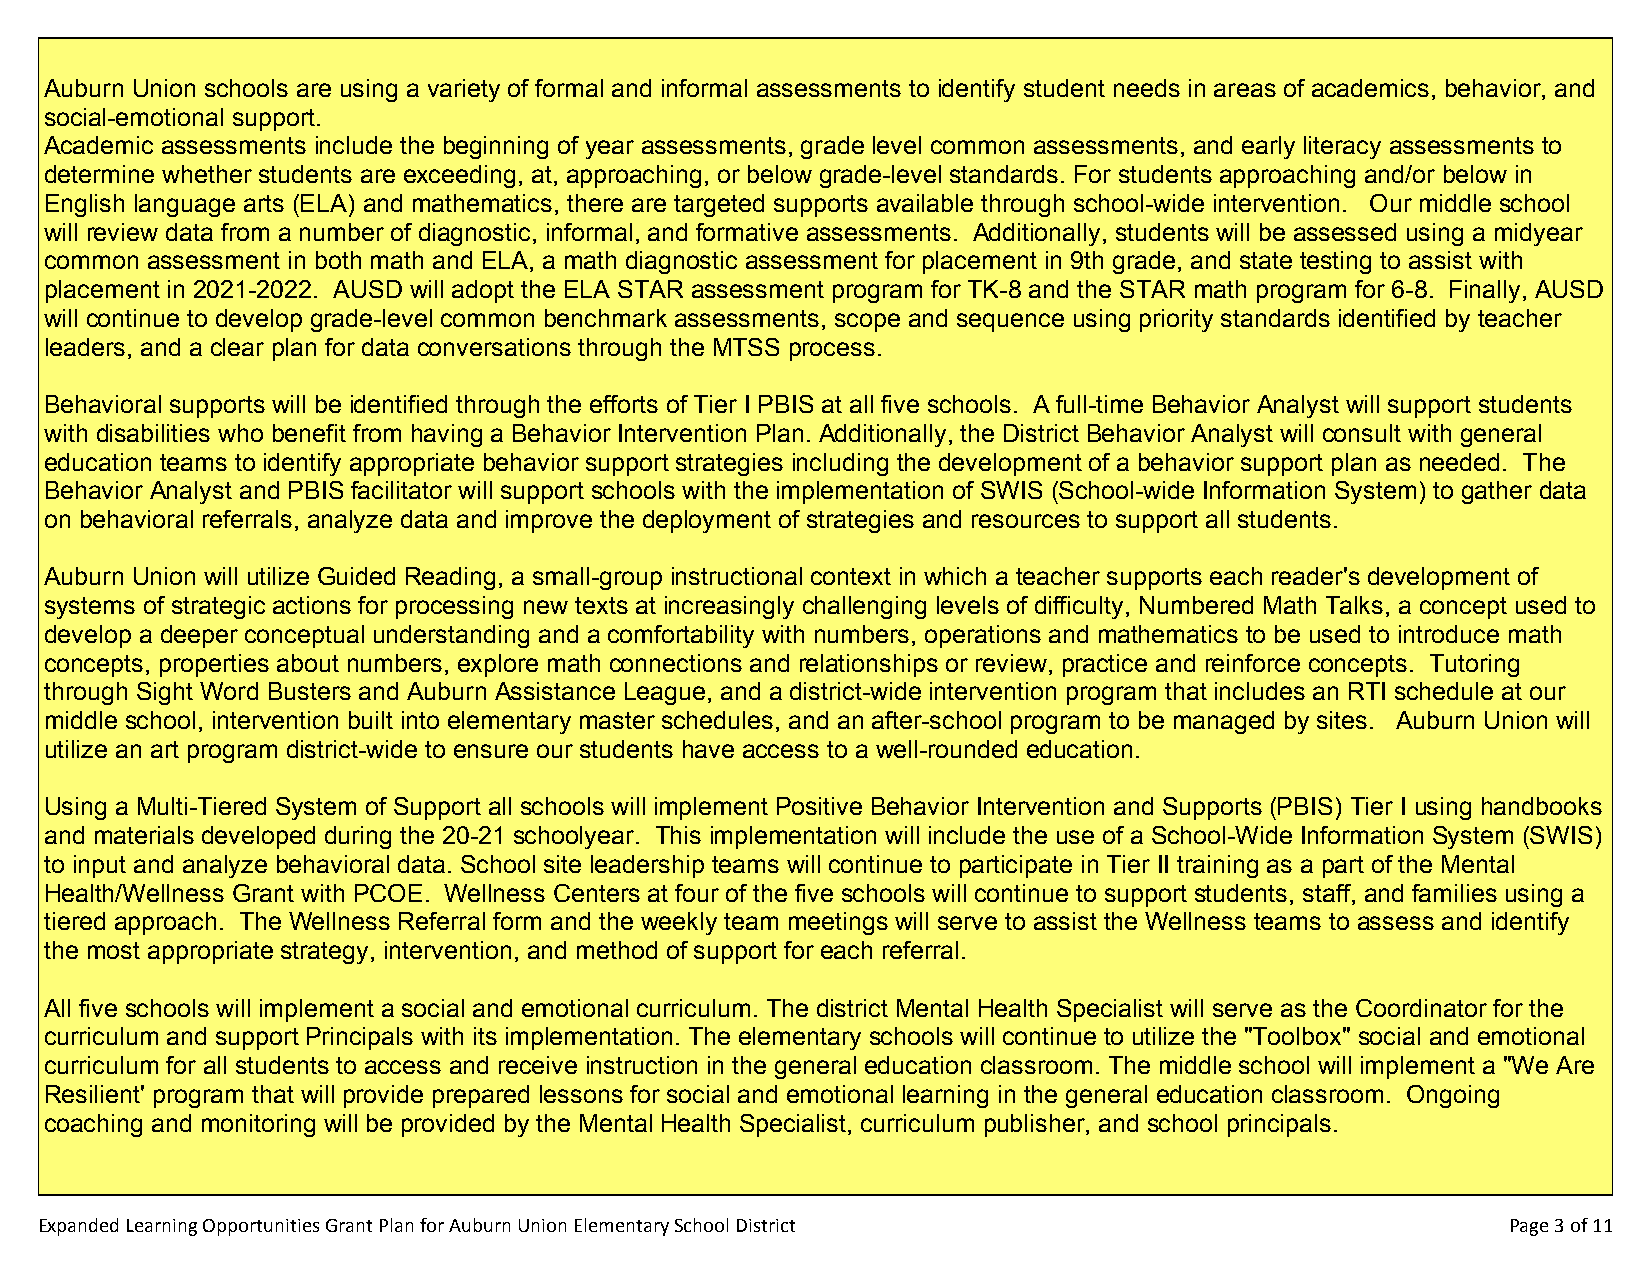
Auburn Union schools are using a variety of formal and informal assessments to identify student needs in areas of academics, behavior, and
 social-emotional support.
 Academic assessments include the beginning of year assessments, grade level common assessments, and early literacy assessments to
 determine whether students are exceeding, at, approaching, or below grade-level standards. For students approaching and/or below in
 English language arts (ELA) and mathematics, there are targeted supports available through school-wide intervention. Our middle school
 will review data from a number of diagnostic, informal, and formative assessments. Additionally, students will be assessed using a midyear
 common assessment in both math and ELA, a math diagnostic assessment for placement in 9th grade, and state testing to assist with
 placement in 2021-2022. AUSD will adopt the ELA STAR assessment program for TK-8 and the STAR math program for 6-8. Finally, AUSD
 will continue to develop grade-level common benchmark assessments, scope and sequence using priority standards identified by teacher
 leaders, and a clear plan for data conversations through the MTSS process.
 Behavioral supports will be identified through the efforts of Tier I PBIS at all five schools. A full-time Behavior Analyst will support students
 with disabilities who benefit from having a Behavior Intervention Plan. Additionally, the District Behavior Analyst will consult with general
 education teams to identify appropriate behavior support strategies including the development of a behavior support plan as needed. The
 Behavior Analyst and PBIS facilitator will support schools with the implementation of SWIS (School-wide Information System) to gather data
 on behavioral referrals, analyze data and improve the deployment of strategies and resources to support all students.
 Auburn Union will utilize Guided Reading, a small-group instructional context in which a teacher supports each reader's development of
 systems of strategic actions for processing new texts at increasingly challenging levels of difficulty, Numbered Math Talks, a concept used to
 develop a deeper conceptual understanding and a comfortability with numbers, operations and mathematics to be used to introduce math
 concepts, properties about numbers, explore math connections and relationships or review, practice and reinforce concepts. Tutoring
 through Sight Word Busters and Auburn Assistance League, and a district-wide intervention program that includes an RTI schedule at our
 middle school, intervention built into elementary master schedules, and an after-school program to be managed by sites. Auburn Union will
 utilize an art program district-wide to ensure our students have access to a well-rounded education.
 Using a Multi-Tiered System of Support all schools will implement Positive Behavior Intervention and Supports (PBIS) Tier I using handbooks
 and materials developed during the 20-21 schoolyear. This implementation will include the use of a School-Wide Information System (SWIS)
 to input and analyze behavioral data. School site leadership teams will continue to participate in Tier II training as a part of the Mental
 Health/Wellness Grant with PCOE. Wellness Centers at four of the five schools will continue to support students, staff, and families using a
 tiered approach. The Wellness Referral form and the weekly team meetings will serve to assist the Wellness teams to assess and identify
 the most appropriate strategy, intervention, and method of support for each referral.
 All five schools will implement a social and emotional curriculum. The district Mental Health Specialist will serve as the Coordinator for the
 curriculum and support Principals with its implementation. The elementary schools will continue to utilize the "Toolbox" social and emotional
 curriculum for all students to access and receive instruction in the general education classroom. The middle school will implement a "We Are
 Resilient' program that will provide prepared lessons for social and emotional learning in the general education classroom. Ongoing
 coaching and monitoring will be provided by the Mental Health Specialist, curriculum publisher, and school principals.
 Expanded Learning Opportunities Grant Plan for Auburn Union Elementary School District            Page 3 of 11